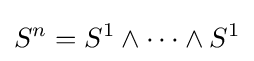
S^{n}=S^{1}\wedge \cdots \wedge S^{1}